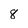
Character: 8